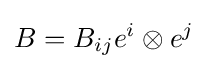
B=B_{ij}e^{i}\otimes e^{j}